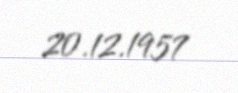
20.12.1957